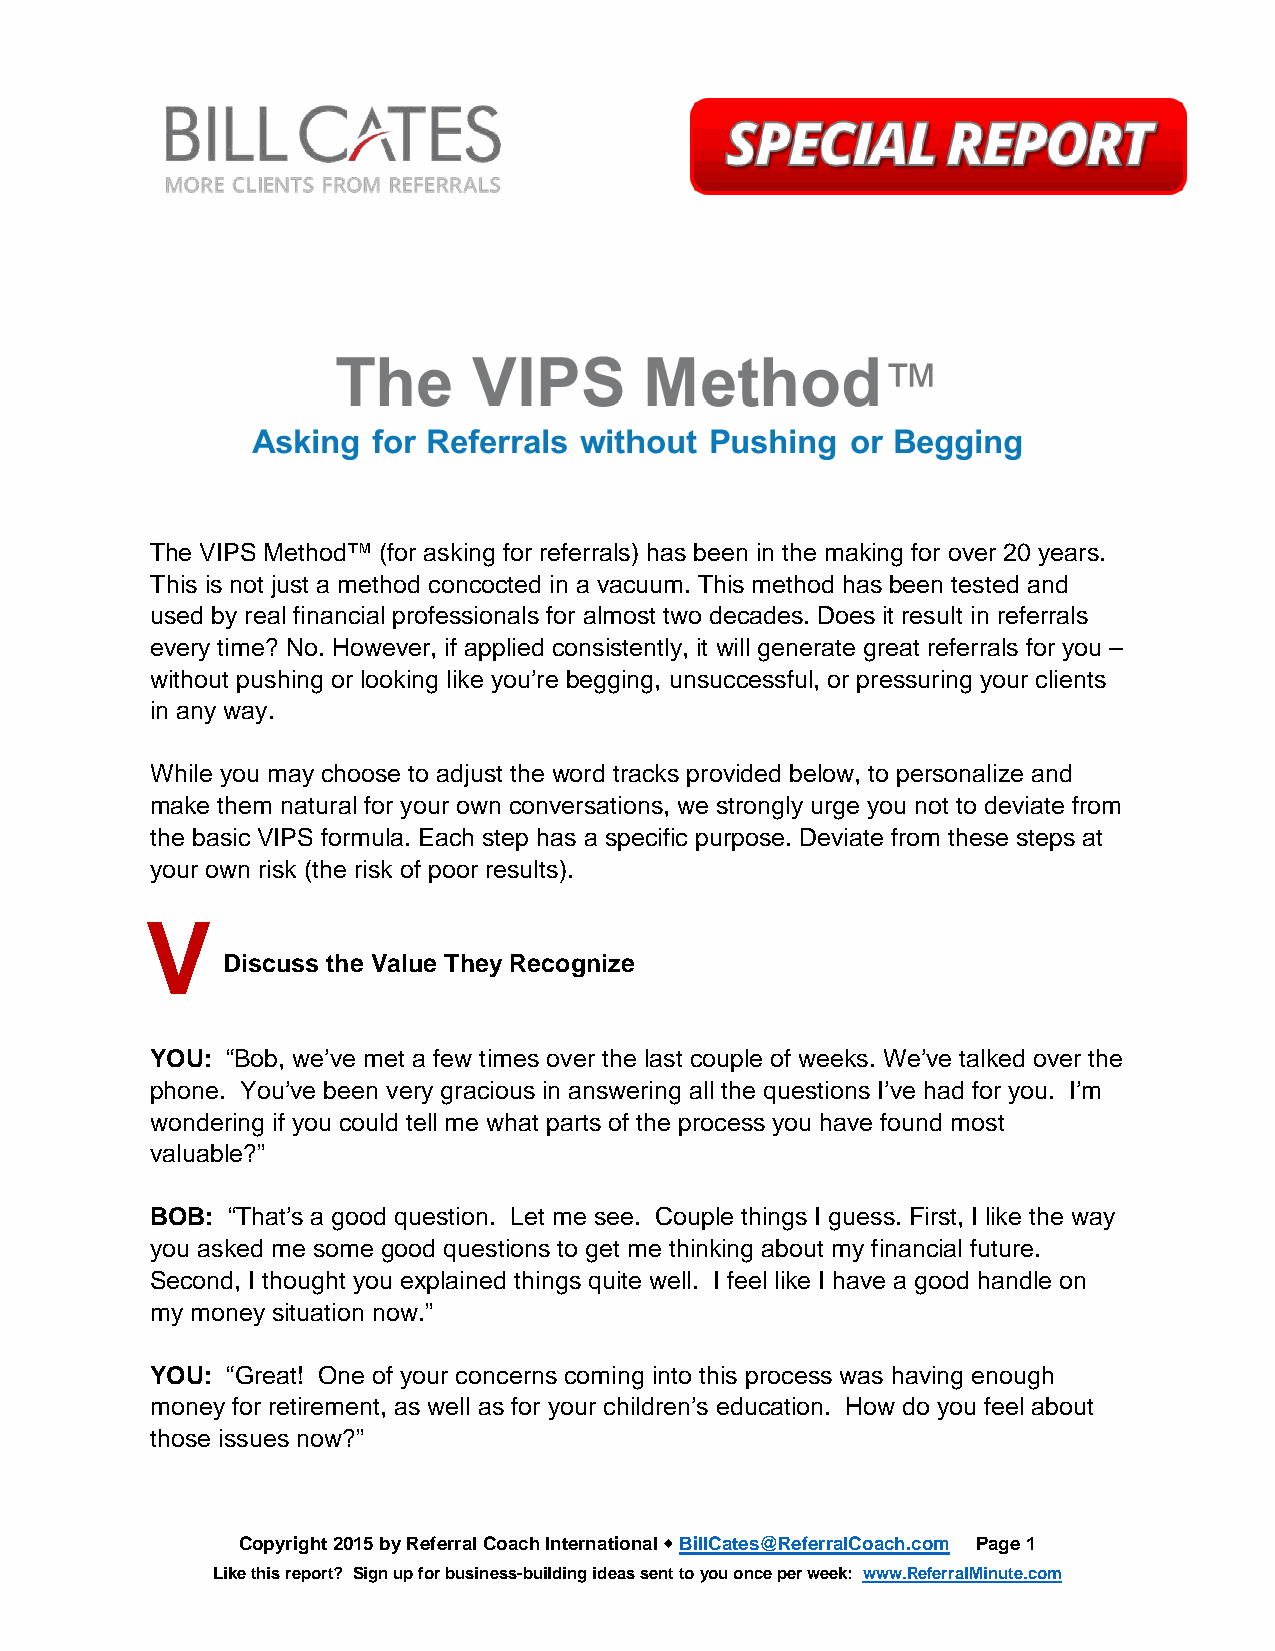
The VIPS Method™ (for asking for referrals) has been in the making for over 20 years.
 This is not just a method concocted in a vacuum. This method has been tested and
 used by real financial professionals for almost two decades. Does it result in referrals
 every time? No. However, if applied consistently, it will generate great referrals for you –
 without pushing or looking like you’re begging, unsuccessful, or pressuring your clients
 in any way.
 While you may choose to adjust the word tracks provided below, to personalize and
 make them natural for your own conversations, we strongly urge you not to deviate from
 the basic VIPS formula. Each step has a specific purpose. Deviate from these steps at
 your own risk (the risk of poor results).
 V
 Discuss the Value They Recognize
 YOU: “Bob, we’ve met a few times over the last couple of weeks. We’ve talked over the
 phone. You’ve been very gracious in answering all the questions I’ve had for you. I’m
 wondering if you could tell me what parts of the process you have found most
 valuable?”
 BOB: “That’s a good question. Let me see. Couple things I guess. First, I like the way
 you asked me some good questions to get me thinking about my financial future.
 Second, I thought you explained things quite well. I feel like I have a good handle on
 my money situation now.”
 YOU: “Great! One of your concerns coming into this process was having enough
 money for retirement, as well as for your children’s education. How do you feel about
 those issues now?”
 Copyright 2015 by Referral Coach International  BillCates@ReferralCoach.com Page 1
 Like this report? Sign up for business-building ideas sent to you once per week: www.ReferralMinute.com